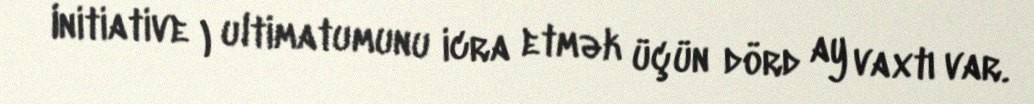
Initiative ) ultimatumunu icra etmək üçün dörd ay vaxtı var.